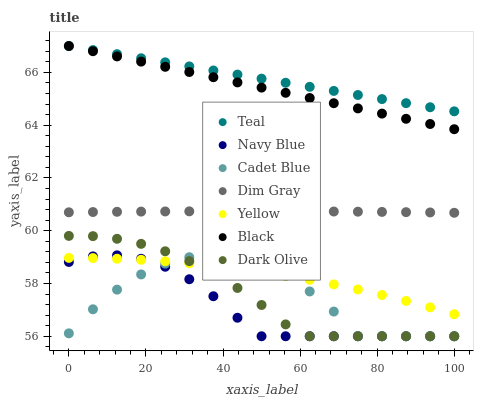
| xaxis_label | Teal | Navy Blue | Cadet Blue | Dim Gray | Yellow | Black | Dark Olive |
 | --- | --- | --- | --- | --- | --- | --- | --- |
 | 0 | 67 | 58.8 | 56.1 | 60.7 | 59 | 67 | 59.8 |
 | 6.25 | 66.8 | 59 | 57 | 60.7 | 59 | 66.8 | 59.8 |
 | 12.5 | 66.7 | 59.1 | 57.8 | 60.7 | 58.9 | 66.6 | 59.7 |
 | 18.8 | 66.5 | 58.9 | 58.3 | 60.7 | 58.9 | 66.4 | 59.5 |
 | 25 | 66.4 | 58.6 | 58.8 | 60.7 | 58.8 | 66.2 | 59.2 |
 | 31.2 | 66.2 | 58.2 | 59 | 60.7 | 58.8 | 66 | 58.8 |
 | 37.5 | 66.1 | 57.5 | 59.1 | 60.7 | 58.7 | 65.8 | 58.4 |
 | 43.8 | 65.9 | 56.7 | 59 | 60.7 | 58.6 | 65.6 | 57.8 |
 | 50 | 65.8 | 56 | 58.7 | 60.7 | 58.4 | 65.4 | 57.2 |
 | 56.2 | 65.6 | 56 | 58.3 | 60.7 | 58.3 | 65.2 | 56.4 |
 | 62.5 | 65.5 | 56 | 57.7 | 60.7 | 58.1 | 65 | 56 |
 | 68.8 | 65.3 | 56 | 56.9 | 60.7 | 58 | 64.8 | 56 |
 | 75 | 65.1 | 56 | 56 | 60.7 | 57.8 | 64.6 | 56 |
 | 81.2 | 65 | 56 | 56 | 60.7 | 57.6 | 64.4 | 56 |
 | 87.5 | 64.8 | 56 | 56 | 60.7 | 57.3 | 64.2 | 56 |
 | 93.8 | 64.7 | 56 | 56 | 60.7 | 57.1 | 64 | 56 |
 | 100 | 64.5 | 56 | 56 | 60.7 | 56.8 | 63.8 | 56 |